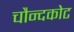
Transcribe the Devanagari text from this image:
चौन्दकोट